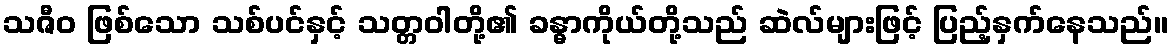
သဇီဝ ဖြစ်သော သစ်ပင်နှင့် သတ္တဝါတို့၏ ခန္ဓာကိုယ်တို့သည် ဆဲလ်များဖြင့် ပြည့်နှက်နေသည်။